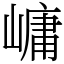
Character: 㟾